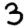
Digit: 3